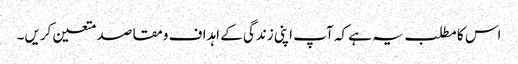
اس کا مطلب یہ ہے کہ آپ اپنی زندگی کے اہداف ومقاصد متعین کریں۔